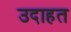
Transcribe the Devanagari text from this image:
उदाहत